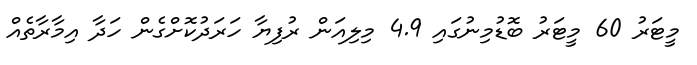
މީޓަރު 60 މީޓަރު ބޮޑުމިނުގައި 4.9 މިލިއަން ރުފިޔާ ހަރަދުކޮށްގެން ހަދާ އިމާރާތެއް